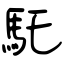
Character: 馲